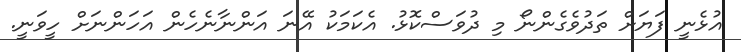
އުޅެނީ ފަޔަށް ތަދުވެގެންނޯ މި ދުވަސްކޮޅު. އެކަމަކު އޭނަ އަންނާނެހެން އަހަންނަށް ހީވަނީ.